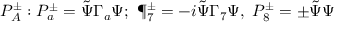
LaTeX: P _ { A } ^ { \pm } : P _ { a } ^ { \pm } = \tilde { \Psi } \Gamma _ { a } \Psi ; \ \P _ { 7 } ^ { \pm } = - i \tilde { \Psi } \Gamma _ { 7 } \Psi , \ P _ { 8 } ^ { \pm } = \pm \tilde { \Psi } \Psi